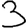
Digit: 3